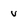
Character: v